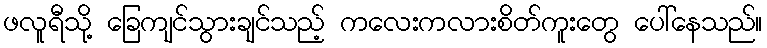
ဖလူရီသို့ ခြေကျင်သွားချင်သည့် ကလေးကလားစိတ်ကူးတွေ ပေါ်နေသည်။